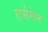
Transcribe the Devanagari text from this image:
हार्समेन